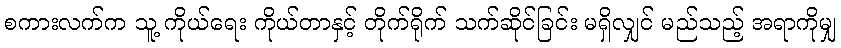
စကားလက်က သူ့ ကိုယ်ရေး ကိုယ်တာနှင့် တိုက်ရိုက် သက်ဆိုင်ခြင်း မရှိလျှင် မည်သည့် အရာကိုမျှ